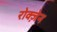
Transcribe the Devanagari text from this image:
रोक्ज़ेन